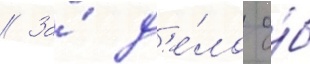
// За́ д'е́ло о́б